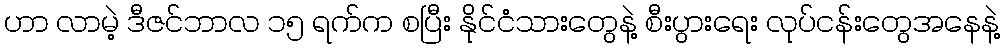
ဟာ လာမဲ့ ဒီဇင်ဘာလ ၁၅ ရက်က စပြီး နိုင်ငံသားတွေနဲ့ စီးပွားရေး လုပ်ငန်းတွေအနေနဲ့